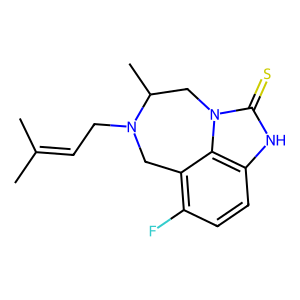
SMILES: CC(C)=CCN1Cc2c(F)ccc3[nH]c(=S)n(c23)CC1C
Inhibits HIV replication: Yes